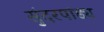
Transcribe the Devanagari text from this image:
सुंदरपांड्य